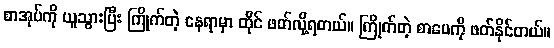
စာအုပ်ကို ယူသွားပြီး ကြိုက်တဲ့ နေရာမှာ ထိုင် ဖတ်လို့ရတယ်။ ကြိုက်တဲ့ စာပေကို ဖတ်နိုင်တယ်။